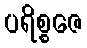
ပရိစ္စဇေ